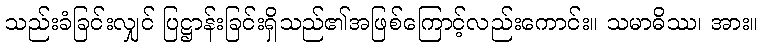
သည်းခံခြင်းလျှင် ပြဋ္ဌာန်းခြင်းရှိသည်၏အဖြစ်ကြောင့်လည်းကောင်း။ သမာဓိဿ၊ အား။